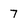
Character: 7